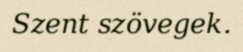
Szent szövegek.